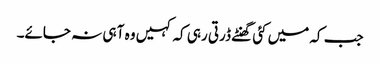
جب کہ میں کئی گھنٹے ڈرتی رہی کہ کہیں وہ آ ہی نہ جائے۔